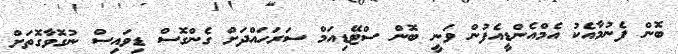
ބޮން ފެނުމާއެކު އެމްއެންޑީއެފުން ވަނީ ބޮން ސްޓޭޑިއަމް ސަރަހައްދަށް ގެންގޮސް ޑިވައިސް ނުގޮވާގޮތަށް